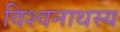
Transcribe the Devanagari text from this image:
विश्वनाथस्य